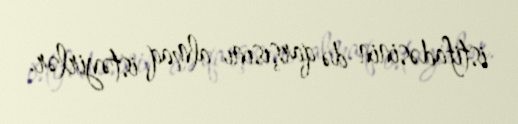
istifadəsinin də qarşısını almaq istəyirlər.